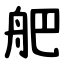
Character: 舥